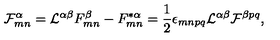
{ \cal F } _ { m n } ^ { \alpha } = { \cal L } ^ { \alpha \beta } F _ { m n } ^ { \beta } - F _ { m n } ^ { * \alpha } = { \frac { 1 } { 2 } } \epsilon _ { m n p q } { \cal L } ^ { \alpha \beta } { \cal F } ^ { \beta p q } ,